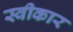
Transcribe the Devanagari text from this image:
स्वीकार